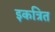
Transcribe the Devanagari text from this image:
इकत्रित